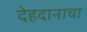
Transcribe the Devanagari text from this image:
देहदानाचा